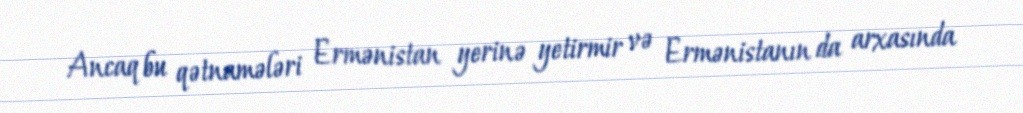
Ancaq bu qətnamələri Ermənistan yerinə yetirmir və Ermənistanın da arxasında